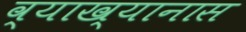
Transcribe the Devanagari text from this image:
व्याख्यानास